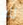
لك